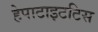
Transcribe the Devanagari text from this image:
हेपाटाइटटिस